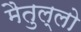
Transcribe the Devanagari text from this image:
मैतुल्लो